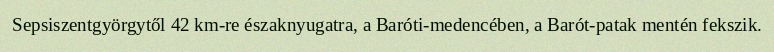
Sepsiszentgyörgytől 42 km-re északnyugatra, a Baróti-medencében, a Barót-patak mentén fekszik.